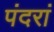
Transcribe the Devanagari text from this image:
पंदरां